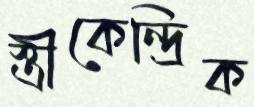
স্ত্রীকেন্দ্রিক